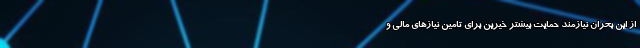
از این بحران نیازمند حمایت بیشتر خیرین برای تامین نیازهای مالی و